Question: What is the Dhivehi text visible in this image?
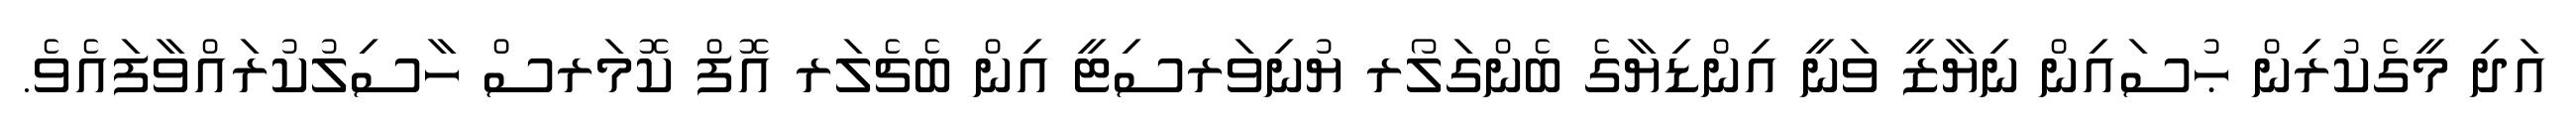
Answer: އަދި މީގެކުރިން ޙުސައިން ނިޔާޒީ ވަނީ އިންޑިޔާގެ ބެންގަލޯރ ޔުނިވަރސިޓީ އިން ބެޗެލަރ އޮފް ކޮމަރސް ހާސިލުކުރައްވާފައެވެ.